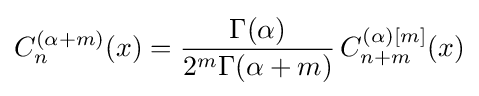
C_{n}^{(\alpha +m)}(x)={\frac {\Gamma (\alpha )}{2^{m}\Gamma (\alpha +m)}}\!\ C_{n+m}^{(\alpha )[m]}(x)